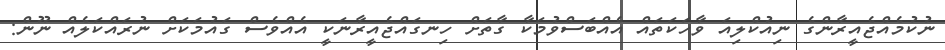
ނުކުމެއްޖެއީރާންގެ ނިއުކްލިއަ ވާހަކަތައް އެއްބަސްވުމަކާ ގާތަށް ހިނގައްޖެއީރާނަކީ އެއްވެސް ގައުމަކަށް ނުރައްކަލެއް ނޫން: